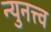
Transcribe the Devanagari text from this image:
न्युनत्त्व